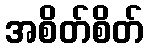
အစိတ်စိတ်